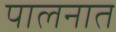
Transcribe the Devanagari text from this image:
पालनात